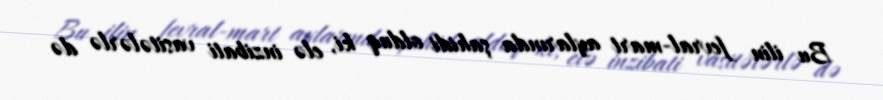
Bu ilin fevral-mart aylarında şahidi olduq ki, elə inzibati vasitələrlə də